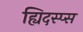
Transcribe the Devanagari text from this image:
ह्यिदस्प्स